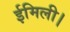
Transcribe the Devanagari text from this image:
ईमिली।